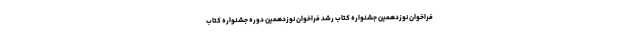
فراخوان نوزدهمین جشنواره کتاب رشد فراخوان نوزدهمین دوره جشنواره کتاب